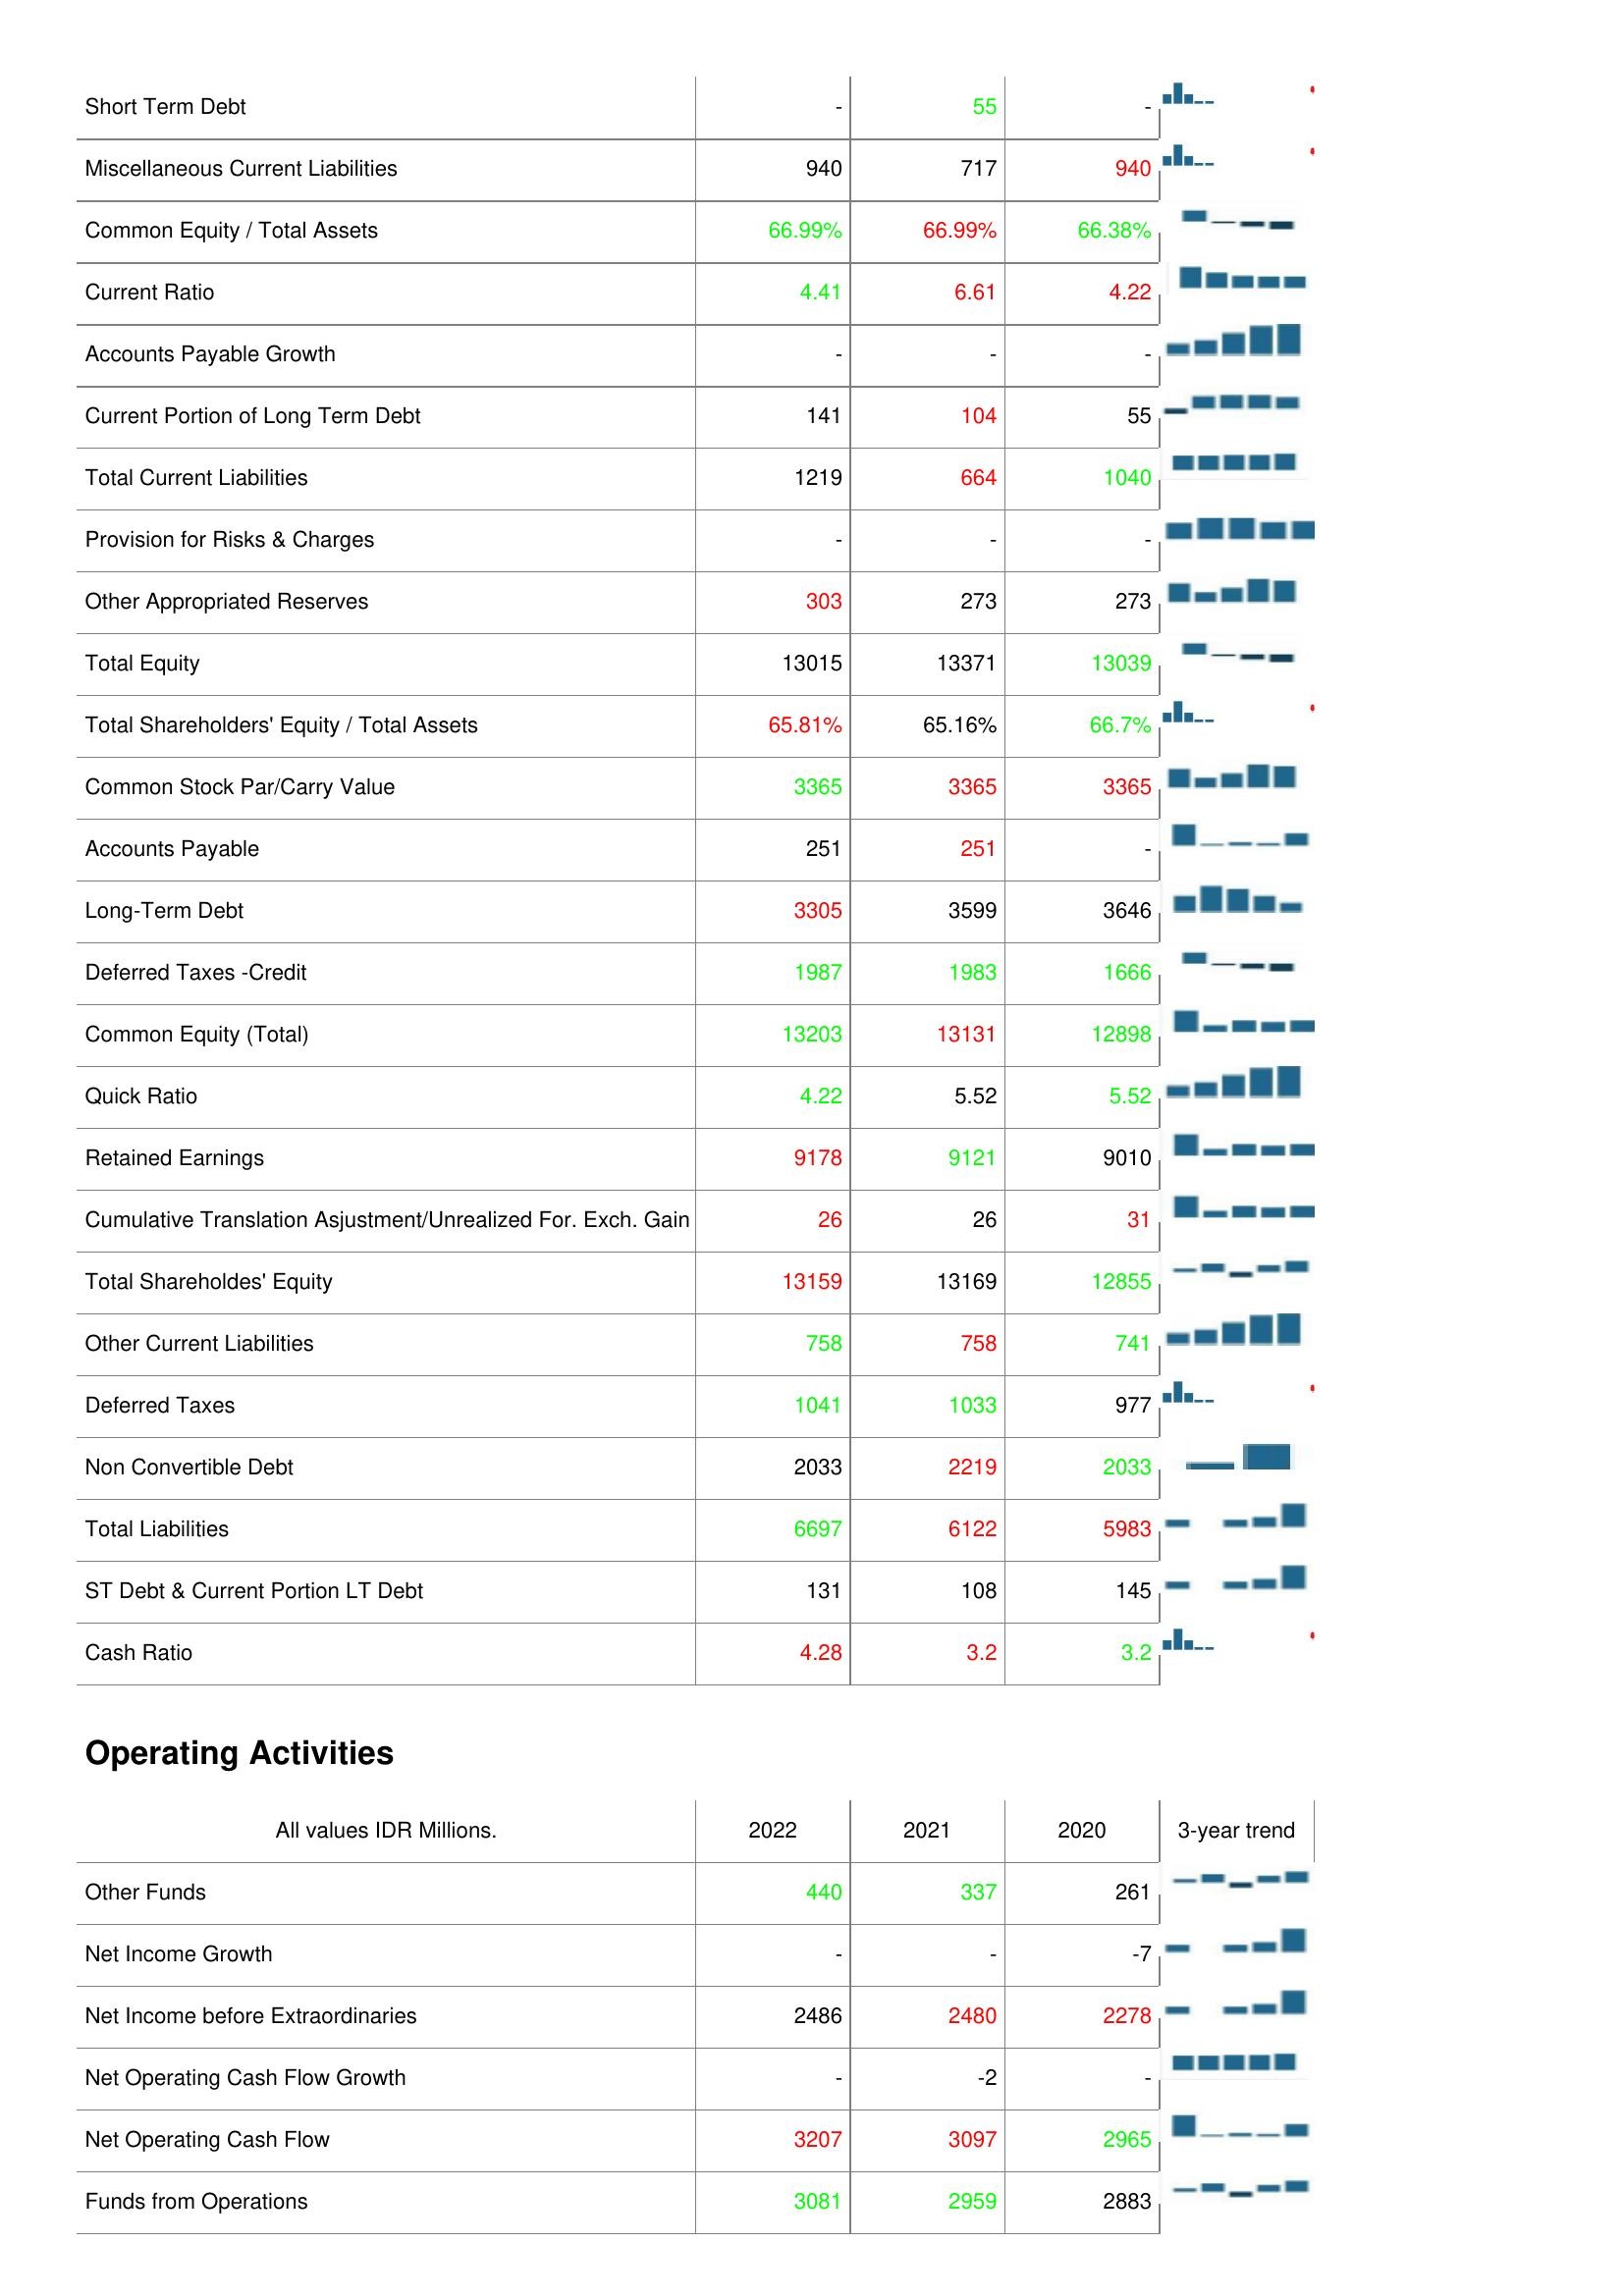
2022: Liabilities & Shareholder's Equity: Short Term Debt: -
Miscellaneous Current Liabilities: 940
Common Equity / Total Assets: 66.99%
Current Ratio: 4.41
Accounts Payable Growth: -
Current Portion of Long Term Debt: 141
Total Current Liabilities: 1219
Provision for Risks & Charges: -
Other Appropriated Reserves: 303
Total Equity: 13015
Total Shareholders' Equity / Total Assets: 65.81%
Common Stock Par/Carry Value: 3365
Accounts Payable: 251
Long-Term Debt: 3305
Deferred Taxes -Credit: 1987
Common Equity (Total): 13203
Quick Ratio: 4.22
Retained Earnings: 9178
Cumulative Translation Asjustment/Unrealized For. Exch. Gain: 26
Total Shareholdes' Equity: 13159
Other Current Liabilities: 758
Deferred Taxes: 1041
Non Convertible Debt: 2033
Total Liabilities: 6697
ST Debt & Current Portion LT Debt: 131
Cash Ratio: 4.28
Operating Activities: Other Funds: 440
Net Income Growth: -
Net Income before Extraordinaries: 2486
Net Operating Cash Flow Growth: -
Net Operating Cash Flow: 3207
Funds from Operations: 3081
2021: Liabilities & Shareholder's Equity: Short Term Debt: 55
Miscellaneous Current Liabilities: 717
Common Equity / Total Assets: 66.99%
Current Ratio: 6.61
Accounts Payable Growth: -
Current Portion of Long Term Debt: 104
Total Current Liabilities: 664
Provision for Risks & Charges: -
Other Appropriated Reserves: 273
Total Equity: 13371
Total Shareholders' Equity / Total Assets: 65.16%
Common Stock Par/Carry Value: 3365
Accounts Payable: 251
Long-Term Debt: 3599
Deferred Taxes -Credit: 1983
Common Equity (Total): 13131
Quick Ratio: 5.52
Retained Earnings: 9121
Cumulative Translation Asjustment/Unrealized For. Exch. Gain: 26
Total Shareholdes' Equity: 13169
Other Current Liabilities: 758
Deferred Taxes: 1033
Non Convertible Debt: 2219
Total Liabilities: 6122
ST Debt & Current Portion LT Debt: 108
Cash Ratio: 3.2
Operating Activities: Other Funds: 337
Net Income Growth: -
Net Income before Extraordinaries: 2480
Net Operating Cash Flow Growth: -2
Net Operating Cash Flow: 3097
Funds from Operations: 2959
2020: Liabilities & Shareholder's Equity: Short Term Debt: -
Miscellaneous Current Liabilities: 940
Common Equity / Total Assets: 66.38%
Current Ratio: 4.22
Accounts Payable Growth: -
Current Portion of Long Term Debt: 55
Total Current Liabilities: 1040
Provision for Risks & Charges: -
Other Appropriated Reserves: 273
Total Equity: 13039
Total Shareholders' Equity / Total Assets: 66.7%
Common Stock Par/Carry Value: 3365
Accounts Payable: -
Long-Term Debt: 3646
Deferred Taxes -Credit: 1666
Common Equity (Total): 12898
Quick Ratio: 5.52
Retained Earnings: 9010
Cumulative Translation Asjustment/Unrealized For. Exch. Gain: 31
Total Shareholdes' Equity: 12855
Other Current Liabilities: 741
Deferred Taxes: 977
Non Convertible Debt: 2033
Total Liabilities: 5983
ST Debt & Current Portion LT Debt: 145
Cash Ratio: 3.2
Operating Activities: Other Funds: 261
Net Income Growth: -7
Net Income before Extraordinaries: 2278
Net Operating Cash Flow Growth: -
Net Operating Cash Flow: 2965
Funds from Operations: 2883